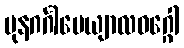
ပုနဂင်္ဂါပေယျာလဝဂ္ဂေါ